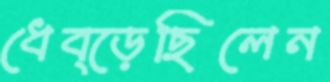
ধেব্‌ড়েছিলেন